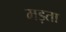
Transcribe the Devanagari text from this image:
मड़ता